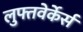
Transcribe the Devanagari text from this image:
लुफ्तवेर्केर्स